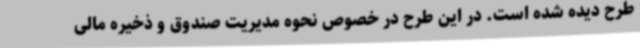
طرح دیده شده است. در این طرح در خصوص نحوه مدیریت صندوق و ذخیره مالی